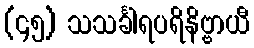
(၄၅) သသင်္ခါရပရိနိဗ္ဗာယီ